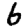
Digit: 6